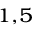
^ { 1 , 5 }